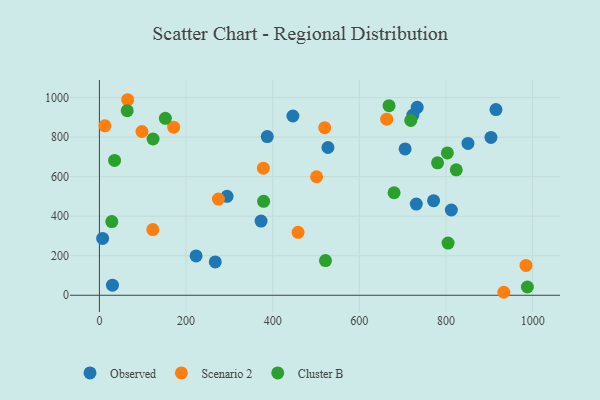
{"axis": {"x": "Experience", "y": "Profit"}, "legend": ["Cluster B", "Observed", "Scenario 2"], "data": [{"x": "733.5", "y": 950.6, "type": "Observed"}, {"x": "373.1", "y": 375.4, "type": "Observed"}, {"x": "850.7", "y": 767.8, "type": "Observed"}, {"x": "30.1", "y": 50.9, "type": "Observed"}, {"x": "267.4", "y": 168.7, "type": "Observed"}, {"x": "223.1", "y": 199.0, "type": "Observed"}, {"x": "915.3", "y": 938.9, "type": "Observed"}, {"x": "723.5", "y": 911.1, "type": "Observed"}, {"x": "903.7", "y": 798.5, "type": "Observed"}, {"x": "387.4", "y": 802.8, "type": "Observed"}, {"x": "731.4", "y": 461.0, "type": "Observed"}, {"x": "527.5", "y": 747.2, "type": "Observed"}, {"x": "446.6", "y": 906.6, "type": "Observed"}, {"x": "771.3", "y": 478.6, "type": "Observed"}, {"x": "294.6", "y": 500.6, "type": "Observed"}, {"x": "705.6", "y": 740.3, "type": "Observed"}, {"x": "7.4", "y": 287.3, "type": "Observed"}, {"x": "812.3", "y": 431.3, "type": "Observed"}, {"x": "98.2", "y": 828.2, "type": "Scenario 2"}, {"x": "458.5", "y": 318.4, "type": "Scenario 2"}, {"x": "984.6", "y": 151.2, "type": "Scenario 2"}, {"x": "501.3", "y": 599.4, "type": "Scenario 2"}, {"x": "378.4", "y": 642.9, "type": "Scenario 2"}, {"x": "520.0", "y": 847.7, "type": "Scenario 2"}, {"x": "171.4", "y": 850.0, "type": "Scenario 2"}, {"x": "12.6", "y": 856.8, "type": "Scenario 2"}, {"x": "274.6", "y": 486.7, "type": "Scenario 2"}, {"x": "123.2", "y": 332.1, "type": "Scenario 2"}, {"x": "663.1", "y": 890.7, "type": "Scenario 2"}, {"x": "65.2", "y": 988.9, "type": "Scenario 2"}, {"x": "933.4", "y": 15.2, "type": "Scenario 2"}, {"x": "123.8", "y": 790.2, "type": "Cluster B"}, {"x": "780.5", "y": 669.8, "type": "Cluster B"}, {"x": "823.7", "y": 634.4, "type": "Cluster B"}, {"x": "521.8", "y": 175.4, "type": "Cluster B"}, {"x": "28.5", "y": 372.8, "type": "Cluster B"}, {"x": "152.2", "y": 894.7, "type": "Cluster B"}, {"x": "987.8", "y": 42.0, "type": "Cluster B"}, {"x": "379.0", "y": 475.1, "type": "Cluster B"}, {"x": "35.0", "y": 681.8, "type": "Cluster B"}, {"x": "718.7", "y": 884.1, "type": "Cluster B"}, {"x": "668.5", "y": 958.6, "type": "Cluster B"}, {"x": "804.8", "y": 264.2, "type": "Cluster B"}, {"x": "680.1", "y": 518.6, "type": "Cluster B"}, {"x": "64.1", "y": 933.4, "type": "Cluster B"}, {"x": "803.1", "y": 720.0, "type": "Cluster B"}]}